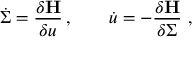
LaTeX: \dot { \Sigma } = \frac { \delta { \bf H } } { \delta u } \, , \qquad \dot { u } = - \frac { \delta { \bf H } } { \delta \Sigma } \, \, ,